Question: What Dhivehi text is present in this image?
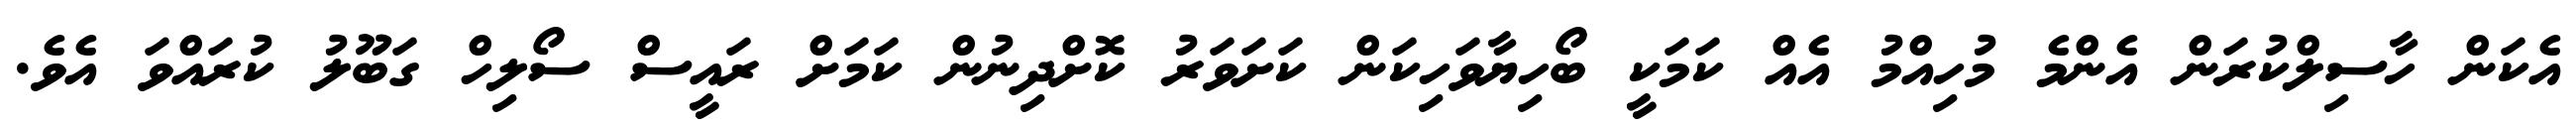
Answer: އެކަން ހާސިލްކުރަން އެންމެ މުހިއްމު އެއް ކަމަކީ ބޯހިޔާވަހިކަން ކަށަވަރު ކޮށްދިނުން ކަމަށް ރައީސް ސޯލިހް ގަބޫލު ކުރައްވަ އެވެ.